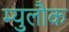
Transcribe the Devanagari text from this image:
म्युलौक